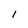
Character: l